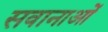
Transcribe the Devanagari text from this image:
सवानाओं